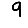
Digit: 9